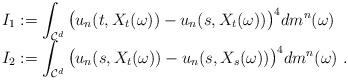
LaTeX: \begin{align*} \begin{array}{lll} \displaystyle{ I_{1} := \int_{\mathcal{C}^d} \big( u_{n}(t,X_{t}(\omega))-u_{n}(s,X_{t}(\omega)) \big)^{4} dm^{n}(\omega) } \\ \displaystyle{I_{2} := \int_{\mathcal{C}^d} \big( u_{n}(s,X_{t}(\omega))-u_{n}(s,X_{s}(\omega)) \big)^{4} dm^{n}(\omega) \ . } \end{array} \end{align*}